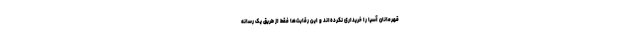
قهرمانان آسیا را خریداری نکرده‌اند و این رقابت‌ها فقط از طریق یک رسانه